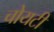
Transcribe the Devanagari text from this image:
चोयटी